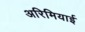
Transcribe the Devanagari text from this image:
अरिमियाई